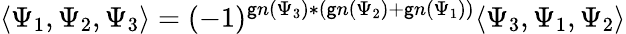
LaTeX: \langle\Psi_{1},\Psi_{2},\Psi_{3}\rangle=(-1)^{\mathsf{g}n(\Psi_{3})*(\mathsf{g}n(\Psi_{2})+\mathsf{g}n(\Psi_{1}))}\langle\Psi_{3},\Psi_{1},\Psi_{2}\rangle